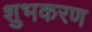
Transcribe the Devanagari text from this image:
शुभकरण